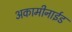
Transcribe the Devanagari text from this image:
अकामीनाईड